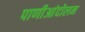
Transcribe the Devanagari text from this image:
पाणीआंदोलन